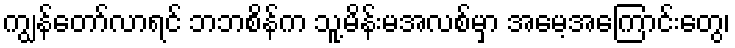
ကျွန်တော်လာရင် ဘဘစိန်က သူ့မိန်းမအလစ်မှာ အမေ့အကြောင်းတွေ၊